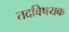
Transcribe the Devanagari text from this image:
तदविषयक